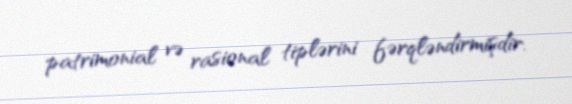
patrimonial və rasional tiplərini fərqləndirmişdir.